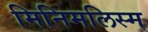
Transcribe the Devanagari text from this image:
मिनिमलिस्म